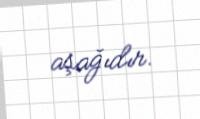
aşağıdır.